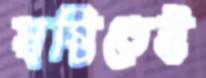
স্বস্তিতেই